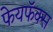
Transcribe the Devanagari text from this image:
फेयफॅक्स